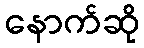
နောက်ဆို